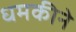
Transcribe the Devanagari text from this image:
धमकीने